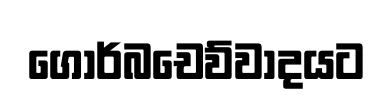
ගොර්බචෙව්වාදයට